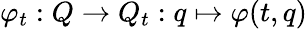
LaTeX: \varphi_{t}:Q\rightarrow Q_{t}:q\mapsto\varphi(t,q)